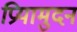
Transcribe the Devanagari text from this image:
प्रियामुदन